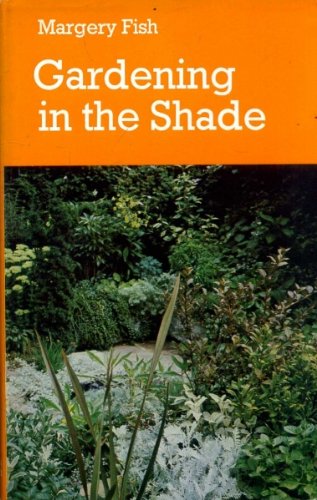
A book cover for Gardening in the Shade; MARGERY FISH; Crafts, Hobbies & Home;